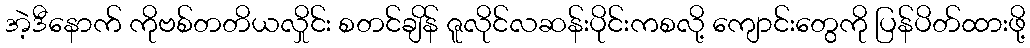
အဲ့ဒီနောက် ကိုဗစ်တတိယလှိုင်း စတင်ချိန် ဇူလိုင်လဆန်းပိုင်းကစလို့ ကျောင်းတွေကို ပြန်ပိတ်ထားဖို့